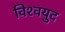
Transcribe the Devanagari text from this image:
विश्‍वयुद